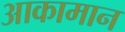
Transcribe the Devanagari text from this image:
आकामान